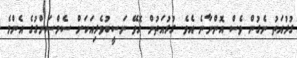
ގުރުއަތު ނެގުން ވެސް އޮންނާނެ އެވެ. ގުރުއަތުން ހޮވޭ ނަސީބުވެރިއަކަށް ސެމްސަންގުގެ އެންމެ